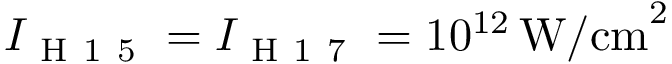
I _ { \mathrm { ~ H ~ 1 ~ 5 ~ } } = I _ { \mathrm { ~ H ~ 1 ~ 7 ~ } } = 1 0 ^ { 1 2 } \, \mathrm { { W / c m } ^ { 2 } }